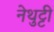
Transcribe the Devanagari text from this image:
नेथुट्टी